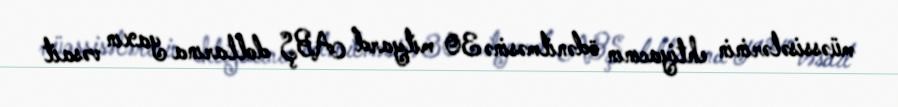
müəssisələrinin ehtiyacının ödənilməsinə 30 milyard ABŞ dollarına yaxın vəsait